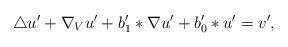
LaTeX: \begin{align*} \triangle u' + \nabla_V u' + b'_1 * \nabla u' + b'_0 * u' = v', \end{align*}